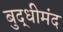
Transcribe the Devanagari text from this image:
बुद्धीमंद